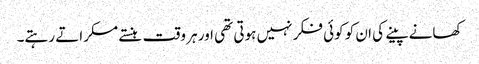
کھانے پینے کی ان کو کوئی فکر نہیں ہوتی تھی اور ہر وقت ہنستے مسکراتے رہتے۔